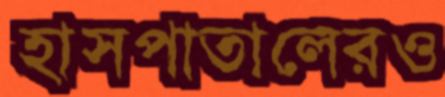
হাসপাতালেরও